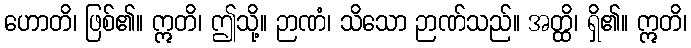
ဟောတိ၊ ဖြစ်၏။ ဣတိ၊ ဤသို့။ ဉာဏံ၊ သိသော ဉာဏ်သည်။ အတ္ထိ၊ ရှိ၏။ ဣတိ၊